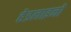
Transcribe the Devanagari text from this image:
हेडलाइनों